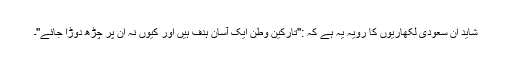
شاید ان سعودی لکھاریوں کا رویہ یہ ہے کہ :''تارکینِ وطن ایک آسان ہدف ہیں اور کیوں نہ ان پر چڑھ دوڑا جائے''۔